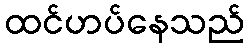
ထင်ဟပ်နေသည်